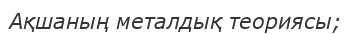
Ақшаның металдық теориясы;